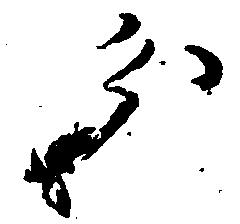
分